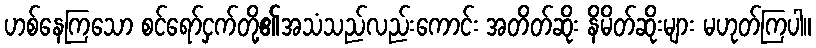
ဟစ်နေကြသော စင်ရော်ငှက်တို့၏အသံသည်လည်းကောင်း အတိတ်ဆိုး နိမိတ်ဆိုးများ မဟုတ်ကြပါ။